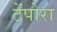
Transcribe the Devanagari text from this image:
टेंपोरा